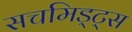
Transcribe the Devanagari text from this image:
सचमिड्ट्स